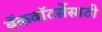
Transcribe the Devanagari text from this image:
बॅकवॉटर्सेसाठी